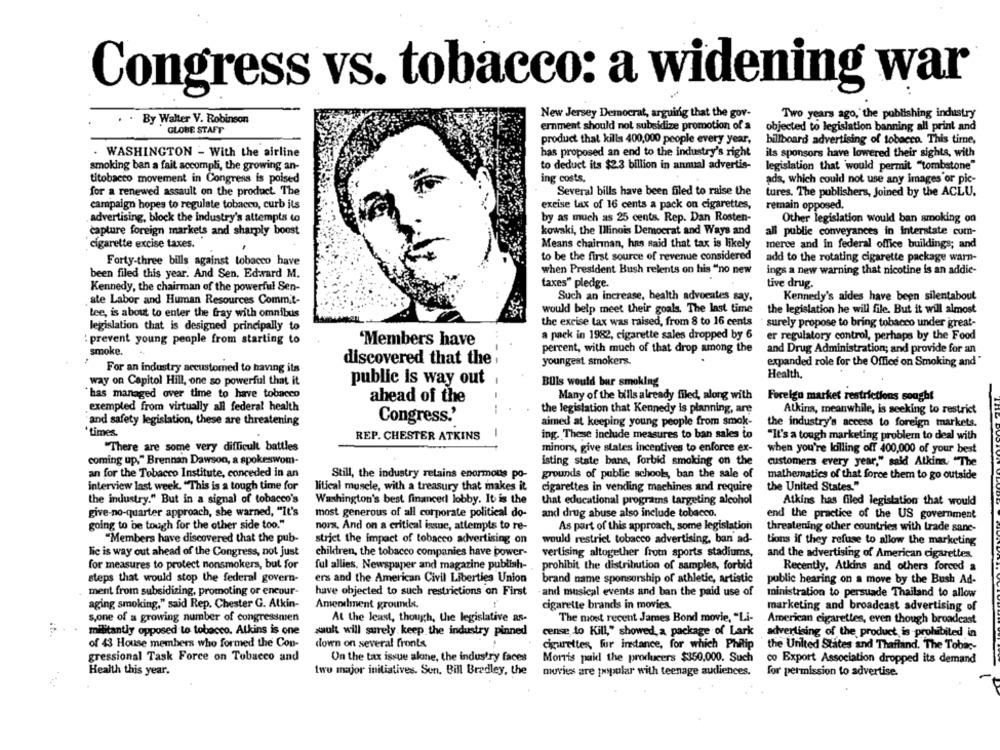
Congress vs. tobacco: a widening war
..
By Walter V. Robinson
New Jersey Democrat, arguing that the gov-
Two years ago, the publishing industry
ernment should not subsidize promotion of a
objected to legislation banning all print and
GLOBE STAFT
product that kills 400,000 people every year,
billboard advertising of tobacco. This time,
WASHINGTON - With the airline
has proposed an end to the industry's right
ils sponsors have lowered their sights, with
to deduct its $2.3 billion in annual advertis-
legislation that would permit "tombstone"
smoking ban a fait accompli, the growing an-
titobacco movement in Congress is poised
ing costs.
ads, which could not use any images or pic-
for a renewed assault on the product. The
Several bills have been filed to raise the
tures. The publishers, Joined by the ACLU.
campaign hopes to regulate tobacco, curb its
excise tax of 16 cents a pack on cigarettes,
remain opposed.
advertising, block the industry's attempts to
by as much as 25 cents. Rep. Dan Rosten-
Other legislation would ban smoking on
capture foreign markets and sharply boost
kowski, the Illinois Democrat and Ways and
all public conveyances in interstate com-
cigarette excise taxes.
Means chairman, has said that tax is likely
merce and in federal office buildings; and
to be the first source of revenue considered
Forty-three bills against tobacco have
add to the rotating cigarette package warn-
when President Bush relents on his "no new
ings a new warning that nicotine is an addie-
been filed this year. And Sen, Edward M.
faxes" pledge.
tive drug.
Kennedy, the chairman of the powerful Sen-
ste Labor and Human Resources Commit-
Such an increase, health advocates say,
Kennedy's aides have been silentabout
tee, is about to enter the fray with omnibus
would belp meet their goals. The last time
the legislation he will file. But it will almost
the excise tax was raised, from 8 to 16 cents
surely propose to bring tobacco under great-
legislation that is designed principally to
a pack in 1982, cigarette sales dropped by 6
er regulatory control, perhaps by the Food
: prevent young people from starting to
'Members have
smoke.
percent, with much of that drop among the
and Drug Administration; and provide for an
discovered that the .
youngest smokers.
expanded role for the Office on Smoking and"
For an industry accustomed to having its
Health,
way on Capitol Hill, one so powerful that it
public is way out
BUls would bar smoking
"has managed over time to have tobacco
Many of the bills already filed, along with
Forelga market restrictions sought
ahead of the
exempted from virtually all federal health
the legislation that Kennedy is planning, are
Atkins, meanwhile, is seeking to restrict
and safety legislation, these are threatening
Congress.'
aimed at keeping young people from smok-
the industry's access to foreign markets.
*times
REP. CHESTER ATKINS
-
ing. These include measures to ban sales to
"It's a tough marketing problem to deal with
"There are some very difficult battles
minors, give states incentives to enforce ex-
when you're killing off 400,000 of your best
coming up," Brennan Dawson, a spokeswom-
isting state bans, forbid smoking on the
customers every year," said Atkins, "The
an for the Tobacco Institute, conceded in an
Still, the industry retains enormous po-
grounds of public schools, ban the sale of
mathematics of that force them to go outside
interview last week. "This is a tough time for
litical muscle, with a treasury that makes it
the United States."
cigarettes in vending machines and require
the industry." But in a signal of tobacco's
Washington's best financed lobby. It is the
that educational programs targeting alcohol
Atkins has filed legislation that would
give-no-quarter approach, she warned, "It's
most generous of all corporate political do-
and drug abuse also include tobacco.
end the practice of the US government
going to be tough for the other side too."
nora. And on a critical issue, attempts to re-
As part of this approach, some legislation
threatening other countries with trade sanc-
"Members have discovered that the pub-
strict the impact of tobacco advertising on
would restrict tobacco advertising, ban ad-
tions if they refuse to allow the marketing
lie is way out ahead of the Congress, not just
children, the tobacco companies have power-
verlising altogether from sports stadiums,
and the advertising of American cigarettes.
for measures to protect nonsmokers, but for
ful allies, Newspaper and magazine publish-
prohibit the distribution of samples, forbid
Recently, Atkins and others forced a
steps that would stop the federal govern-
ers and the American Civil Liberties Union
brand name sponsorship of athletic, artistic
public hearing on a move by the Bush Ad-
ment from subsidizing, promoting or encour-
have objected to such restrictions on First
-and musical events and ban the paid use of
ministration to persuade Thailand to allow
aging smoking," said Rep. Chester G. Atkin-
Amendment grounds.
cigarette brands in movies.
marketing and broadcast advertising of
s,one of a growing number of congressmen
At the least, though, the legislative as-
The most recent James Bond movie, "Li-
American cigarettes, even though broadcast
militantly opposed to tobacco. Atkins is one
cense to Kill," showed,a package of Lark
sault will surely keep the industry pinned
advertising of the product is prohibited in
of 43 House members who formed the Con-
down on several fronts
the United States and Thailand. The Tobac-
cigarettes, for instance, for which Philip
gressional Task Force on Tobacco and
On the tax issue alone, the industry faces
Morris paid the producers $350,000. Such
co Export Association dropped its demand
Health this year.
two major initiatives. Son. Bill Bradley, the
movies are popular with teenage audiences.
for permission to advertise.